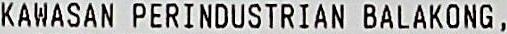
KAWASAN PERINDUSTRIAN BALAKONG ,